EAOK_Sinod, lk 45
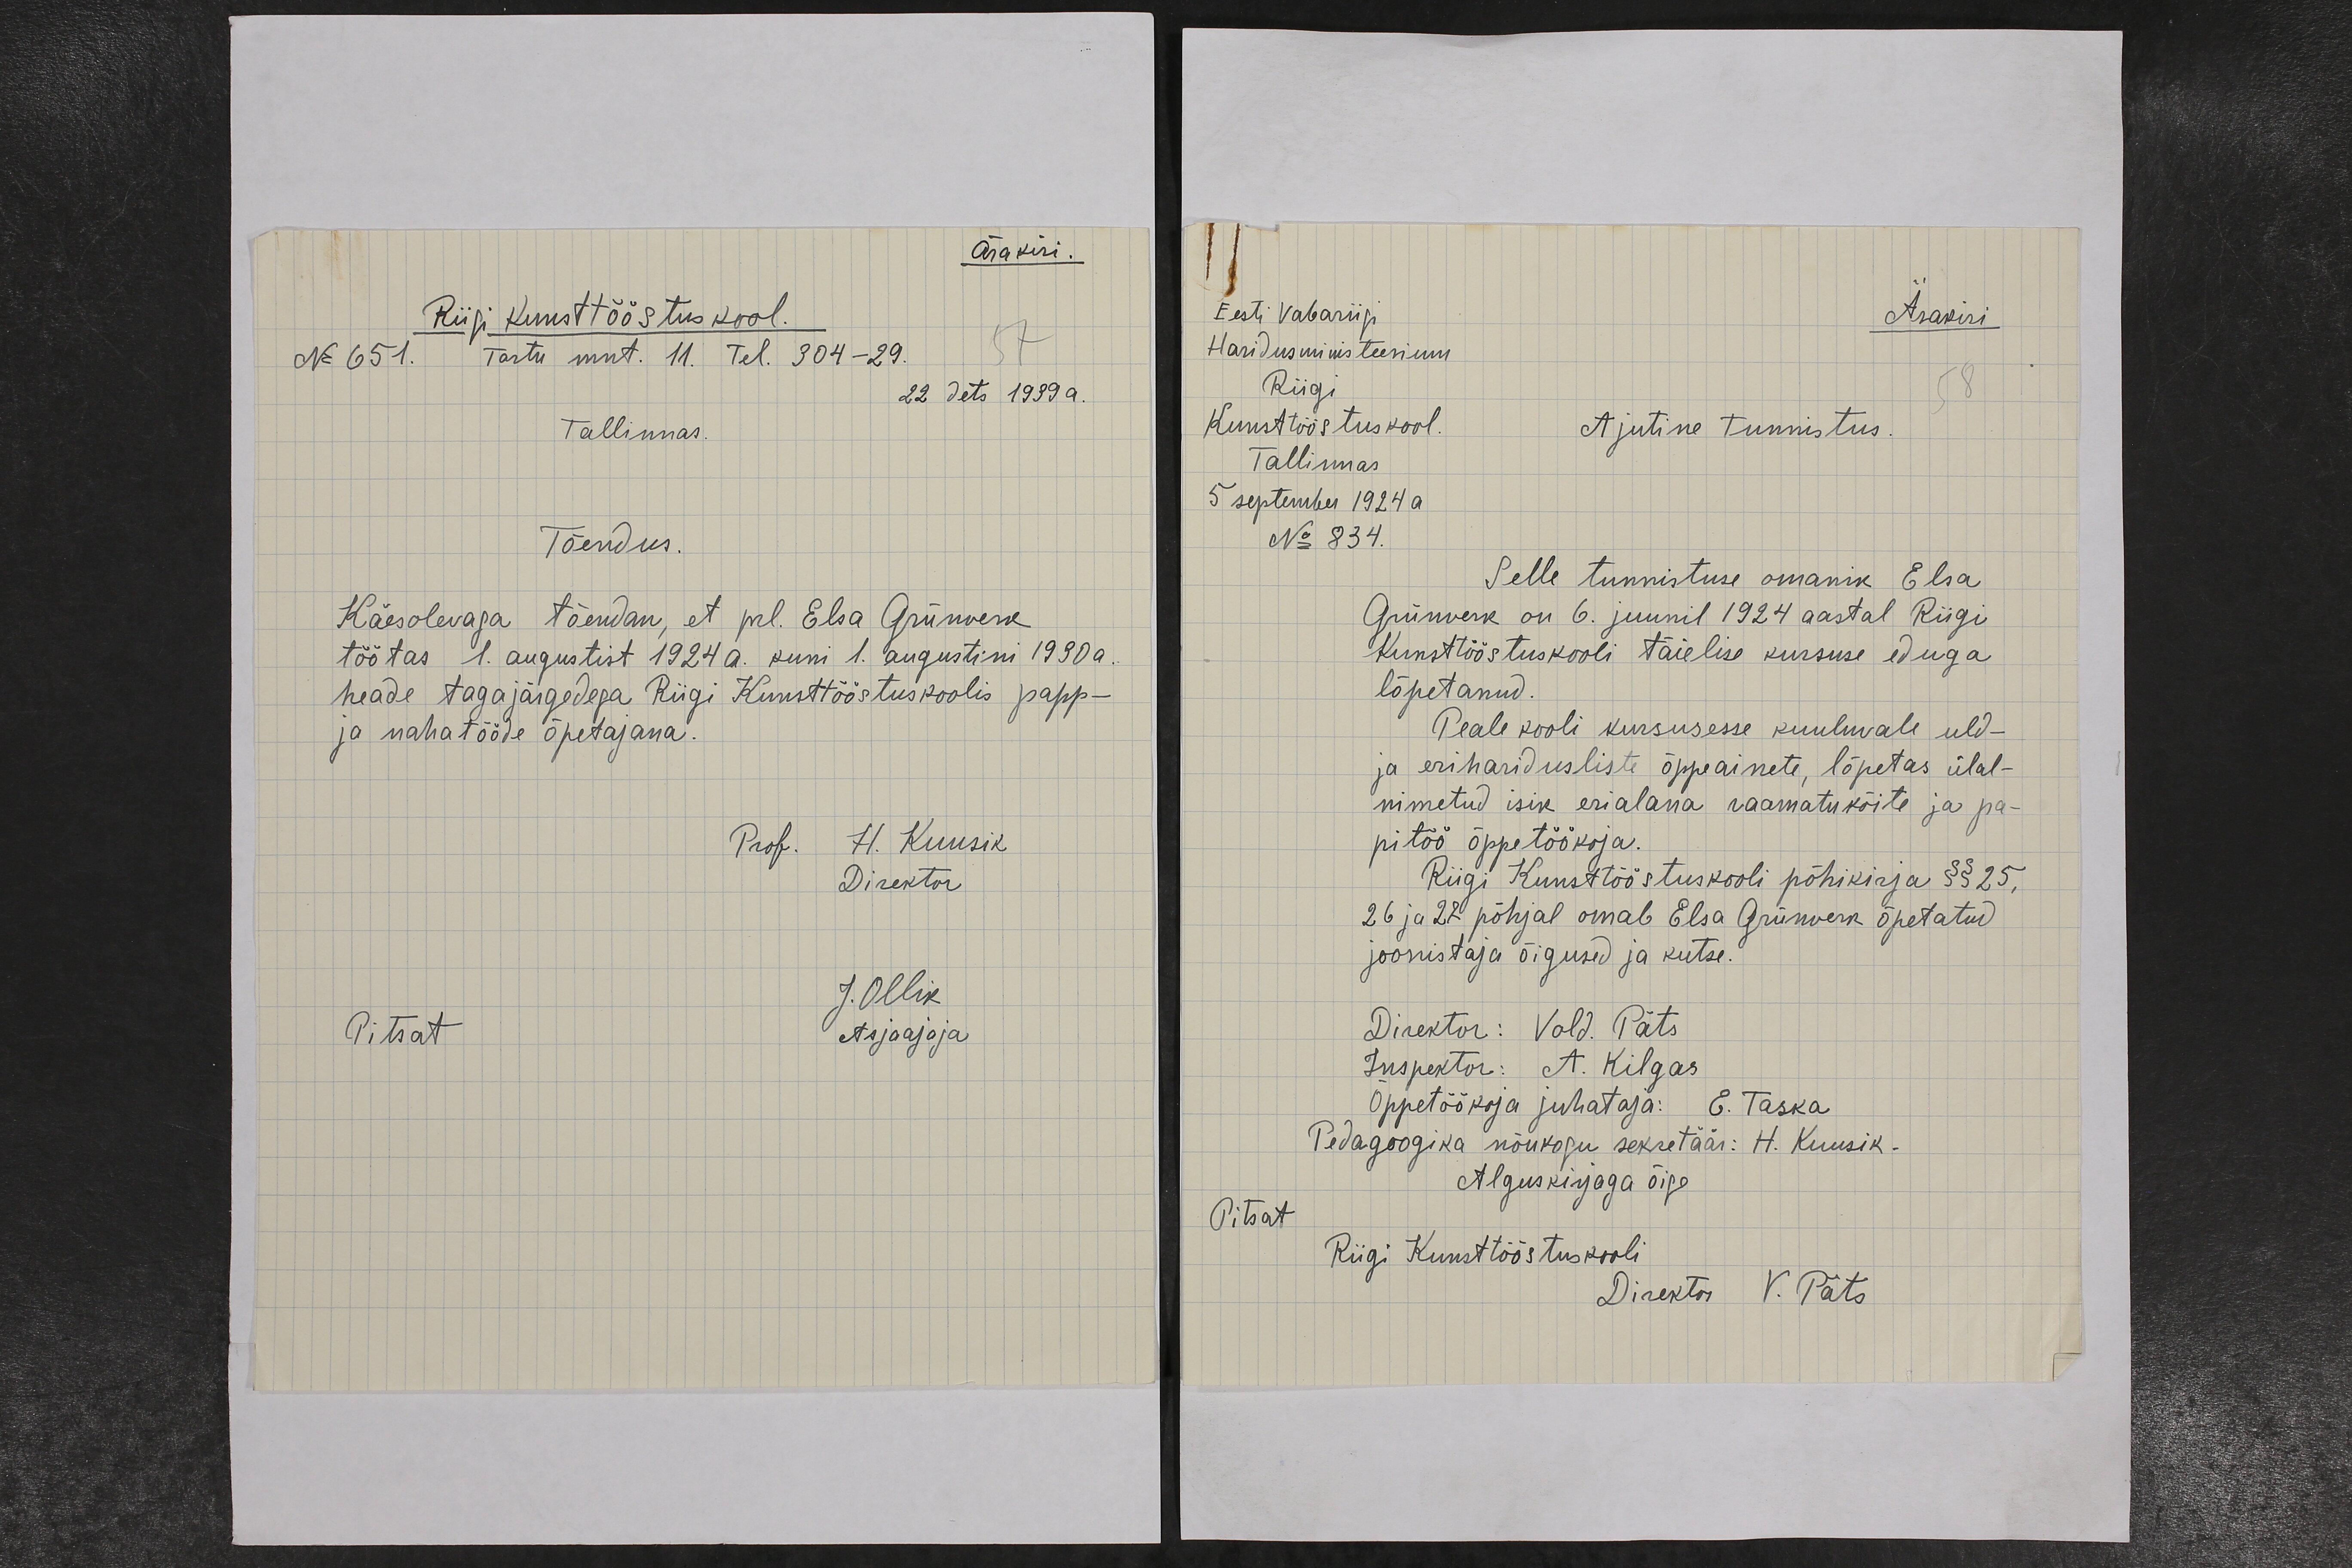
Ärakiri.
Riigi Kunsttööstuskool.
No 651. Tartu mnt. 11. Tel. 304-29.
22 dets 1939 a.
Tallinnas.
Tõendus.
Käesolevaga tõendan, et prl. Elsa Grünverk
töötas 1. augustist 1924 a. kuni 1. Augustini 1930 a.
heade tagajärgedega Riigi Kunsttööstuskoolis papp-
ja nahatööde õpetajana.
Prof. H. Kuusik.
Direktor
J. Ollik
Pitsat.
Asjaajaja

Ärakiri
Eesti Vabariigi
Haridusministeerium
Riigi
Kunsttööstuskool.
Ajutine tunnistus.
Tallinnas
5 september 1924 a.
No 834.
Selle tunnistuse omanik Elsa
Grünverk on 6. juunil 1924 aastal Riigi
Kunstööstuskooli täielise kursuse eduga
lõpetanud.
Peale kooli kursusesse kuuluvale üld-
ja eriharidusliste õppeainete, lõpetas ülal-
nimetud isik erialana raamatuköite ja pa-
pitöö õppetöökoja.
Riigi Kunsttööstuskooli põhikirja §§ 25,
26 ja 27 põhjal omab Elsa Grünverk õpetatud
joonistaja õigused ja kutse.
Direktor: Vold. Päts
Inspektor: A. Kilgas
Õppetöökoja juhataja: E. Taska
Pedagoogika nõukogu sekretäär: H. Kuusik -
Alguskirjaga õige
Pitsat
Riigi Kunsttööstuskooli
Direktor V. Päts